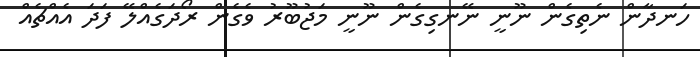
ހަނދާން ނެތިގެން ނޫނީ ނޭނގިގެން ނޫނީ މަޖުބޫރު ވެގެން ރޯދަގެއްލޭ ފަދަ އެއްޗެއް